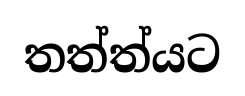
තත්ත්යට